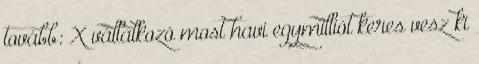
tovább: X vállalkozó most havi egymilliót keres vesz ki